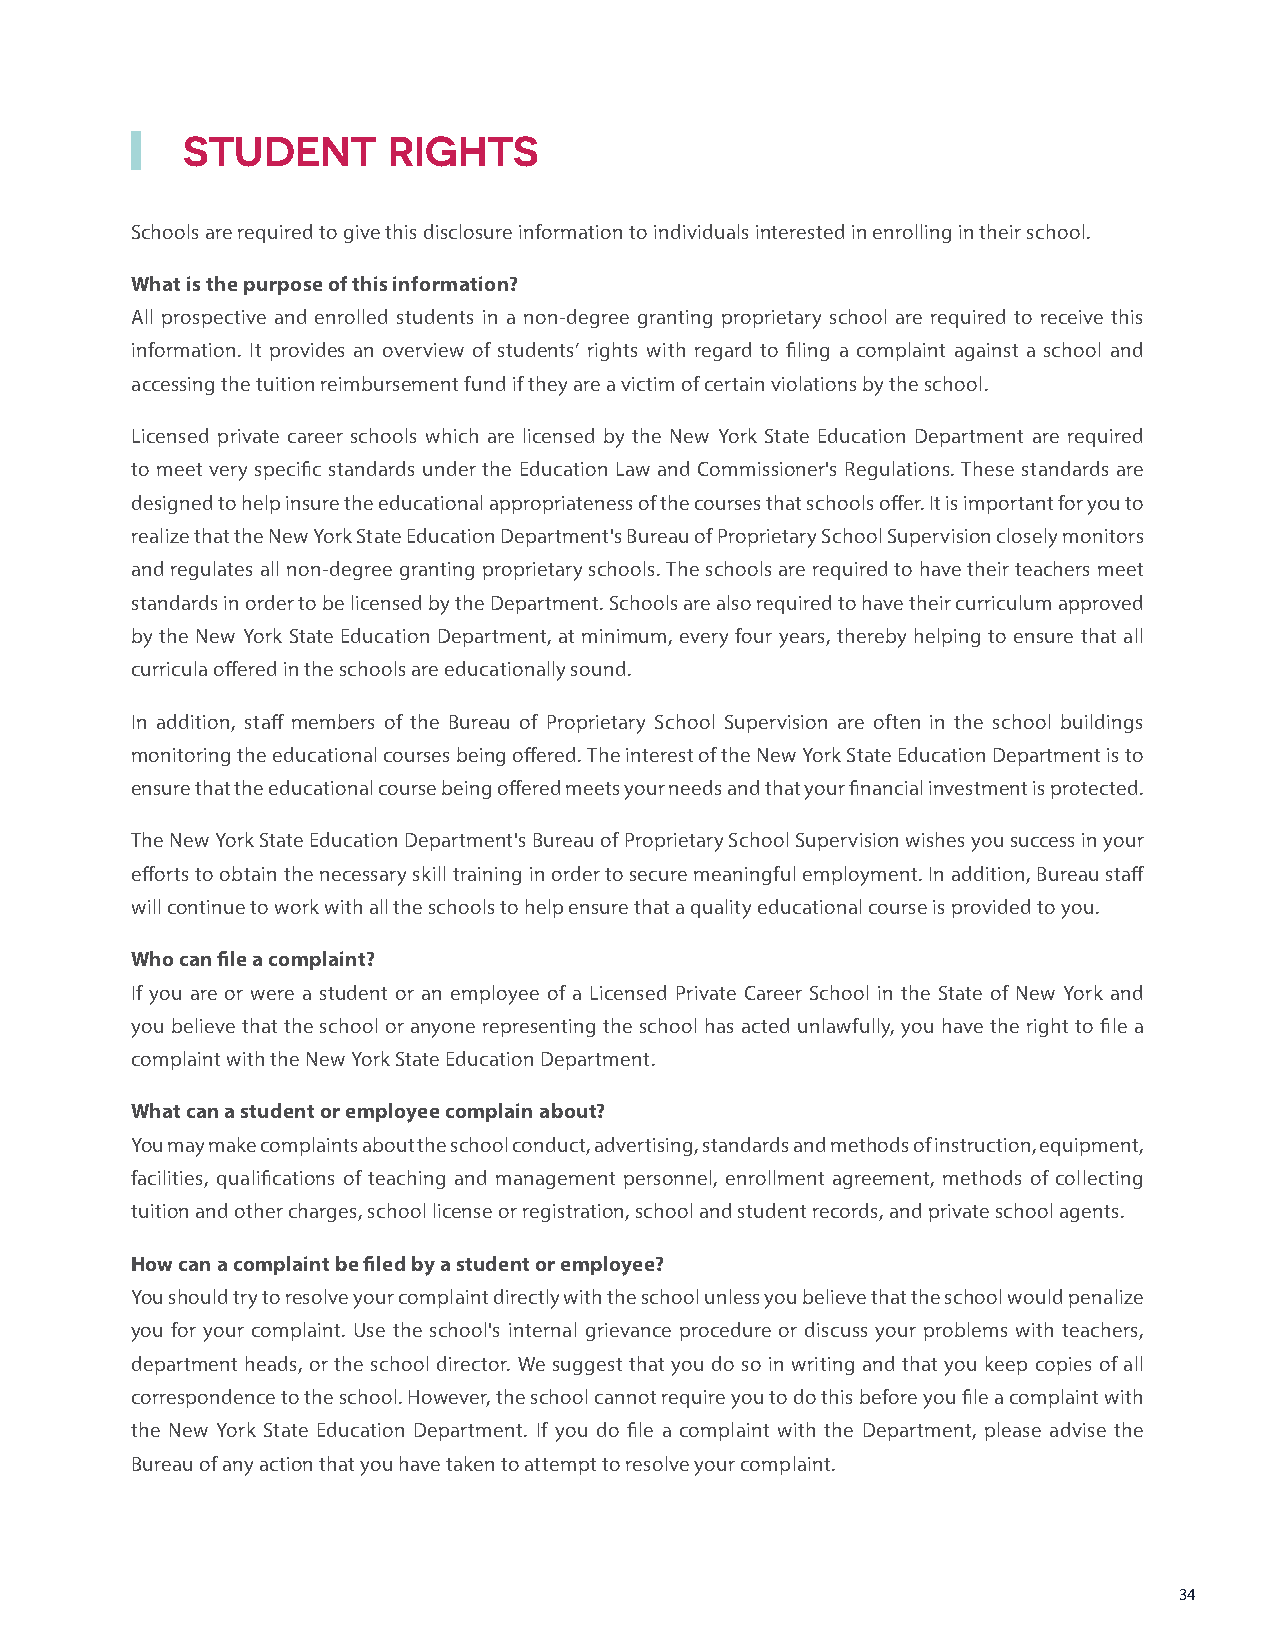
STUDENT       RIGHTS
 Schools are required to give this disclosure information to individuals interested in enrolling in their school.
 What is the purpose of this information?
 All prospective and enrolled students in a non-degree granting proprietary school are required to receive this
 information. It provides an overview of students’ rights with regard to filing a complaint against a school and
 accessing the tuition reimbursement fund if they are a victim of certain violations by the school.
 Licensed private career schools which are licensed by the New York State Education Department are required
 to meet very specific standards under the Education Law and Commissioner's Regulations. These standards are
 designed to help insure the educational appropriateness of the courses that schools offer. It is important for you to
 realize that the New York State Education Department's Bureau of Proprietary School Supervision closely monitors
 and regulates all non-degree granting proprietary schools. The schools are required to have their teachers meet
 standards in order to be licensed by the Department. Schools are also required to have their curriculum approved
 by the New York State Education Department, at minimum, every four years, thereby helping to ensure that all
 curricula offered in the schools are educationally sound.
 In addition, staff members of the Bureau of Proprietary School Supervision are often in the school buildings
 monitoring the educational courses being offered. The interest of the New York State Education Department is to
 ensure that the educational course being offered meets your needs and that your financial investment is protected.
 The New York State Education Department's Bureau of Proprietary School Supervision wishes you success in your
 efforts to obtain the necessary skill training in order to secure meaningful employment. In addition, Bureau staff
 will continue to work with all the schools to help ensure that a quality educational course is provided to you.
 Who can file a complaint?
 If you are or were a student or an employee of a Licensed Private Career School in the State of New York and
 you believe that the school or anyone representing the school has acted unlawfully, you have the right to file a
 complaint with the New York State Education Department.
 What can a student or employee complain about?
 You may make complaints about the school conduct, advertising, standards and methods of instruction, equipment,
 facilities, qualifications of teaching and management personnel, enrollment agreement, methods of collecting
 tuition and other charges, school license or registration, school and student records, and private school agents.
 How can a complaint be filed by a student or employee?
 You should try to resolve your complaint directly with the school unless you believe that the school would penalize
 you for your complaint. Use the school's internal grievance procedure or discuss your problems with teachers,
 department heads, or the school director. We suggest that you do so in writing and that you keep copies of all
 correspondence to the school. However, the school cannot require you to do this before you file a complaint with
 the New York State Education Department. If you do file a complaint with the Department, please advise the
 Bureau of any action that you have taken to attempt to resolve your complaint.
 34